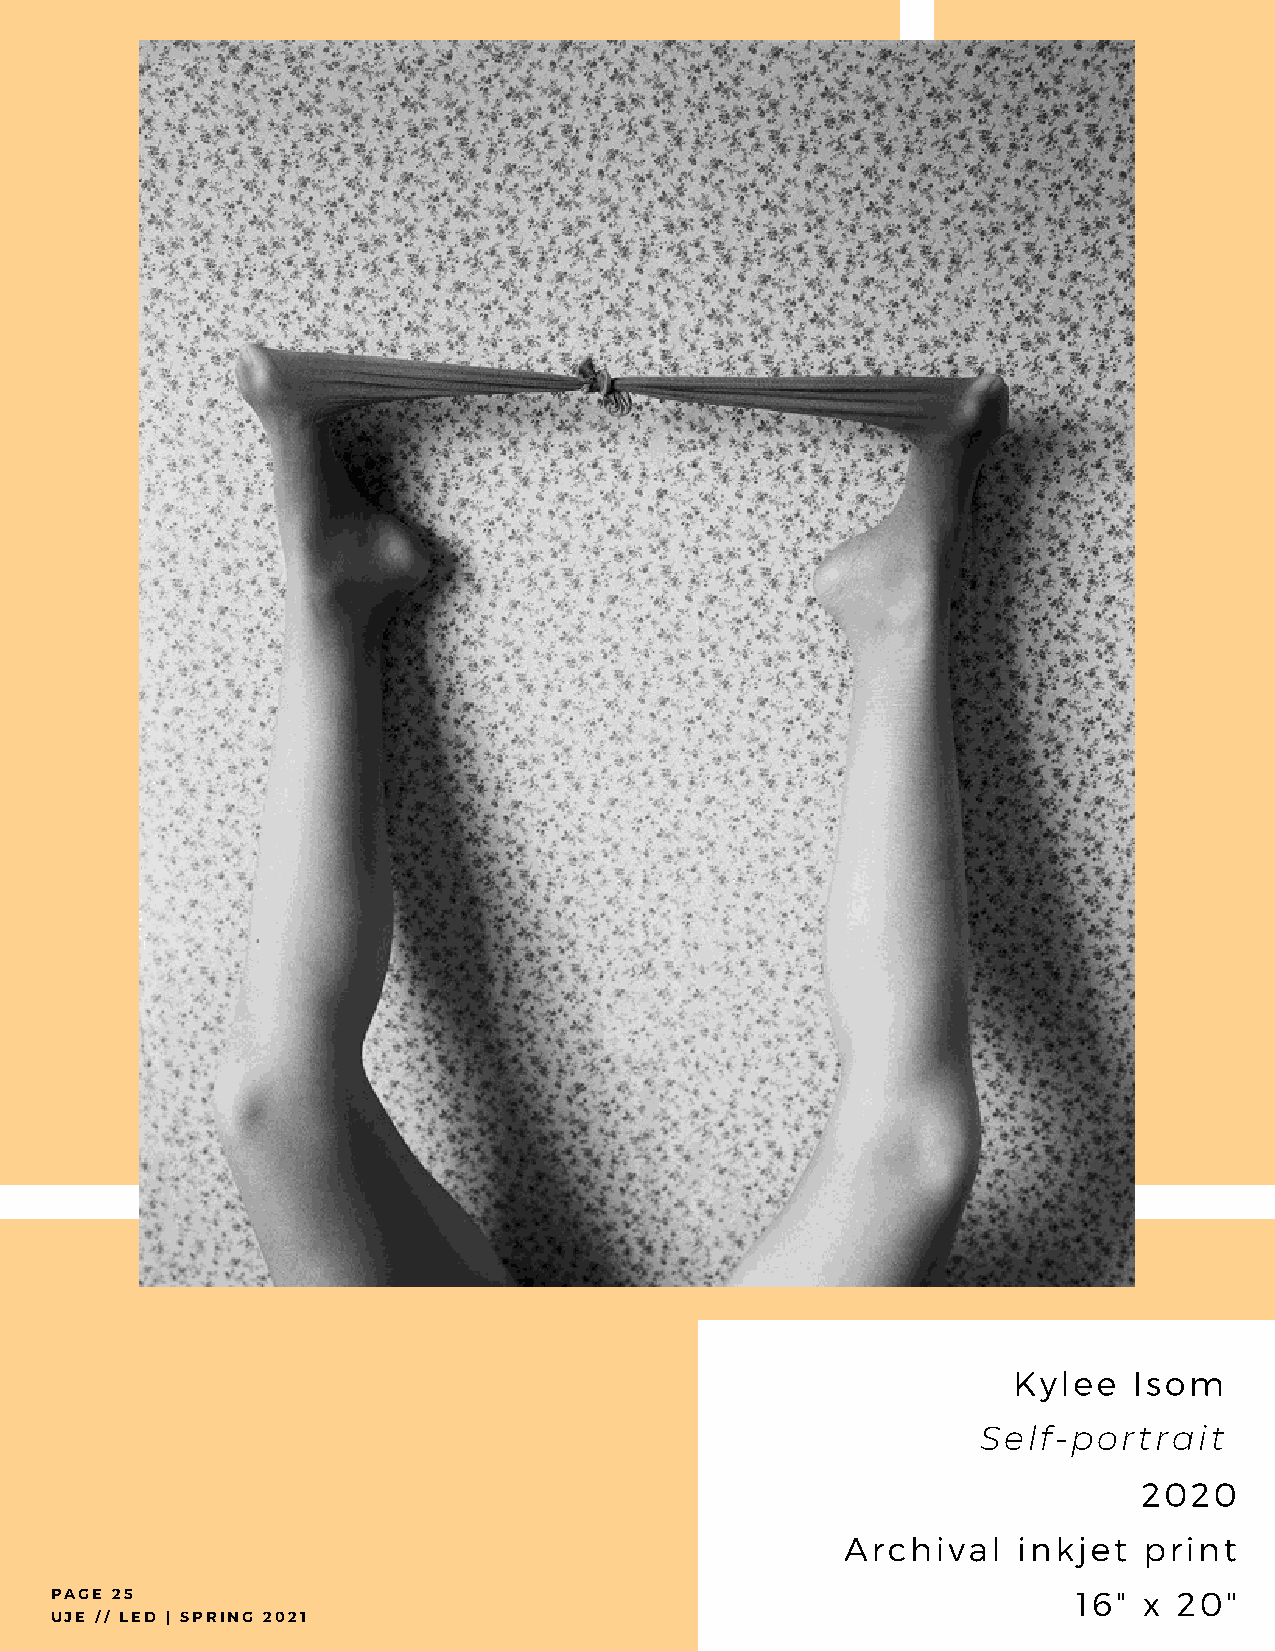
Kylee   Isom
 Self-portrait
 2020
 Archival   inkjet   print
 PAGE 25                                                             16"  x 20"
 UJE // LED | SPRING 2021